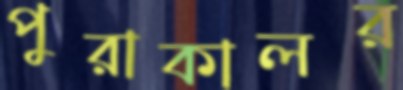
পুরাকালর